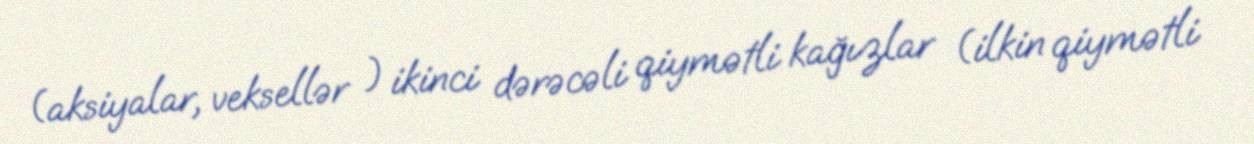
(aksiyalar, veksellər ) ikinci dərəcəli qiymətli kağızlar (ilkin qiymətli